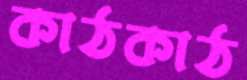
কাঠকাঠ